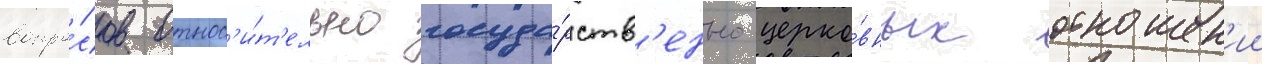
вопро́сов относ'и́т'ельно госуда́рств'енно-церко́вных отношен'ии